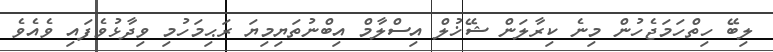
ލިބޭ ހިތްހަމަޖެހުން މިނެ ކިރާލަން ޝޭޚުލް އިސްލާމް އިބްނުތަޔިމިޔަ ރަޙިމަހުމި ވިދާޅުވެފައި ވެއެވެ